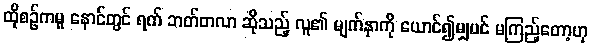
ထိုစဉ်ကမူ နောင်တွင် ရက် ဘတ်တလာ ဆိုသည့် လူ၏ မျက်နှာကို ယောင်၍မျှပင် မကြည့်တော့ဟု